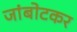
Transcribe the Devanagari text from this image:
जांबोटकर